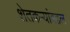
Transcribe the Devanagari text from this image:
शेतकऱ्यांबद्दल